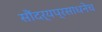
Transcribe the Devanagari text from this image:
सौंदर्यप्रसाधनेच